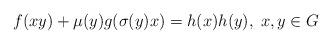
LaTeX: \begin{align*}f(xy)+\mu(y)g(\sigma(y)x)=h(x)h(y),\; x,y\in G\end{align*}